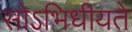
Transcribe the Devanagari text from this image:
सोऽभिधीयते